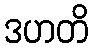
ဒဟတိ